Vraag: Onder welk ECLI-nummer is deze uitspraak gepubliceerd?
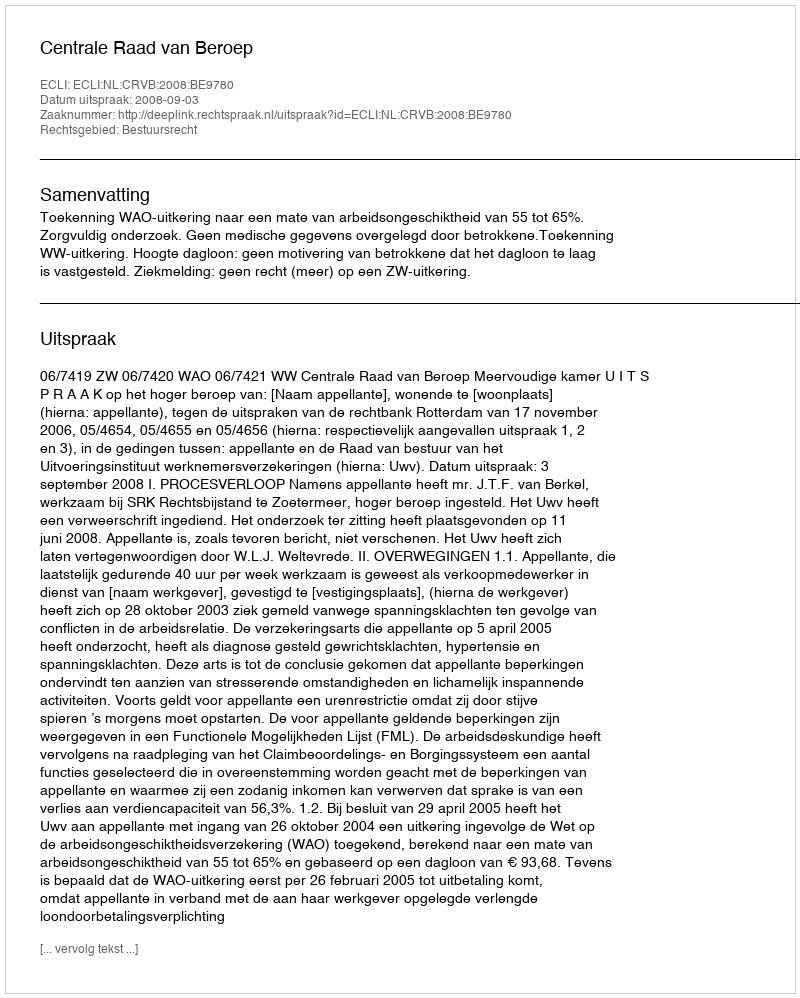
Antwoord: ECLI:NL:CRVB:2008:BE9780